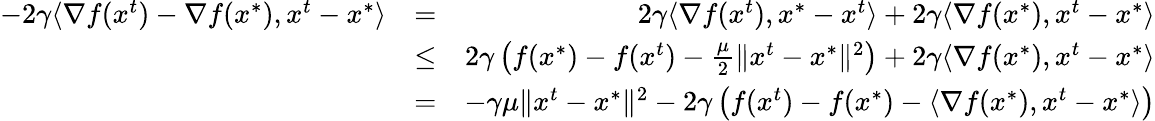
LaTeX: \begin{array}{rlr}{-2\gamma\langle\nabla f(x^{t})-\nabla f(x^{*}),x^{t}-x^{*}\rangle}&{=}&{2\gamma\langle\nabla f(x^{t}),x^{*}-x^{t}\rangle+2\gamma\langle\nabla f(x^{*}),x^{t}-x^{*}\rangle}\\ &{\leq}&{2\gamma\left(f(x^{*})-f(x^{t})-\frac{\mu}{2}\Vert x^{t}-x^{*}\Vert^{2}\right)+2\gamma\langle\nabla f(x^{*}),x^{t}-x^{*}\rangle}\\ &{=}&{-\gamma\mu\Vert x^{t}-x^{*}\Vert^{2}-2\gamma\left(f(x^{t})-f(x^{*})-\langle\nabla f(x^{*}),x^{t}-x^{*}\rangle\right)}\end{array}